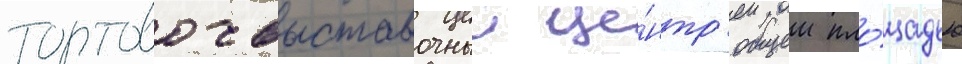
торгово-выставочныи це́нтр общеи пло́щадью